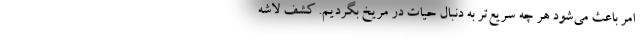
امر باعث می‌شود هر چه سریع‌تر به دنبال حیات در مریخ بگردیم. کشف لاشه